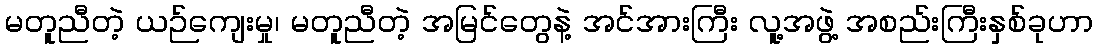
မတူညီတဲ့ ယဉ်ကျေးမှု၊ မတူညီတဲ့ အမြင်တွေနဲ့ အင်အားကြီး လူ့အဖွဲ့ အစည်းကြီးနှစ်ခုဟာ